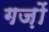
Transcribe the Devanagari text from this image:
गज़ों